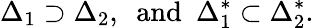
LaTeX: \Delta_{1}\supset\Delta_{2},\ \ \mathrm{and}\ \ \Delta_{1}^{*}\subset\Delta_{2}^{*}.